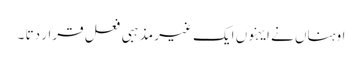
اوہناں نے ایہنوں ایک غیر مذہبی فعل قرار دتا ۔